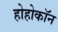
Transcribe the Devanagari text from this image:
होहोकॉन